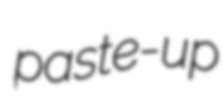
paste-up